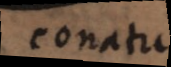
conatu